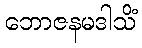
ဘောဇနမဒါသိံ